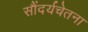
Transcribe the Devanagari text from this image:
सौंदर्यचेतना